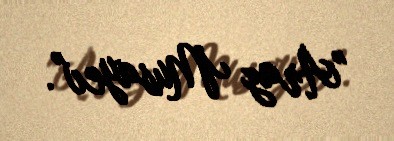
"Araz Musayev".